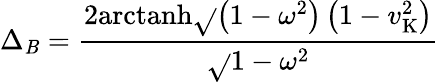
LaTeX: \Delta_{\mathit{B}}={\frac{{2{\textrm{{arctanh}}}{\sqrt{}{{\left(1-\omega^{2}\right)\left(1-v_{\mathrm{{K}}}^{2}\right)}}}}}{{\sqrt{}{{1-\omega^{2}}}}}}